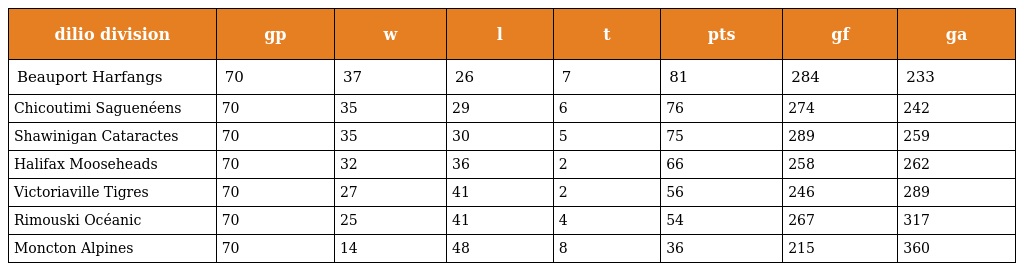
| dilio division | gp | w | l | t | pts | gf | ga |
 | --- | --- | --- | --- | --- | --- | --- | --- |
 | Beauport Harfangs | 70 | 37 | 26 | 7 | 81 | 284 | 233 |
 | Chicoutimi Saguenéens | 70 | 35 | 29 | 6 | 76 | 274 | 242 |
 | Shawinigan Cataractes | 70 | 35 | 30 | 5 | 75 | 289 | 259 |
 | Halifax Mooseheads | 70 | 32 | 36 | 2 | 66 | 258 | 262 |
 | Victoriaville Tigres | 70 | 27 | 41 | 2 | 56 | 246 | 289 |
 | Rimouski Océanic | 70 | 25 | 41 | 4 | 54 | 267 | 317 |
 | Moncton Alpines | 70 | 14 | 48 | 8 | 36 | 215 | 360 |